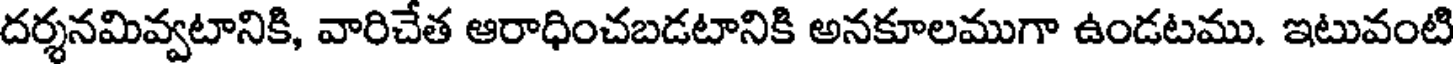
దర్శనమివ్వటానికి, వారిచేత ఆరాధించబడటానికి అనకూలముగా ఉండటము. ఇటువంటి